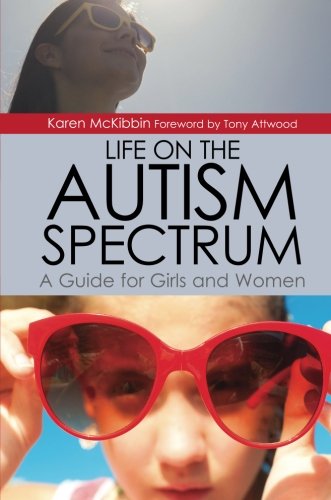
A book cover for Life on the Autism Spectrum - A Guide for Girls and Women; Karen McKibbin; Health, Fitness & Dieting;